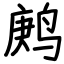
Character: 鹒